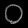
Digit: ၀